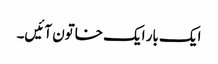
ایک بار ایک خاتون آئیں‌۔